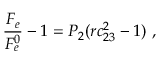
\frac { F _ { e } } { F _ { e } ^ { 0 } } - 1 = P _ { 2 } ( r c _ { 2 3 } ^ { 2 } - 1 ) ~ ,